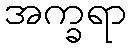
အက္ခရာ